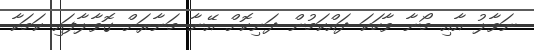
ނަވާލު އާއި މޯނާ ވާހަކަ ދައްކަމުން ދަނިކޮށް އޭނާ މަނާރަށް ގޮވާލާފައި ކަމަކާ